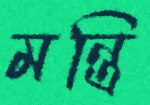
মন্ত্রি